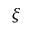
\xi